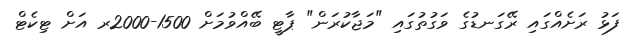
ފަޅު ރަށެއްގައި ރޭގަނޑުގެ ވަގުތުގައި "މަޖާކުރަން" ޕާޓީ ބޭއްވުމަށް 1500-2000ރ އަށް ޓިކެޓް